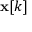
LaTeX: \mathbf { x } [ k ]